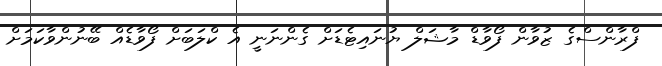
ފްރާންސްގެ ޒުވާން ފޯވާޑް މާޝަލް ޔުނައިޓެޑަށް ގެންނަނީ އެ ކްލަބަށް ފޯވާޑެއް ބޭނުންވާކަމަށް